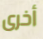
أخرى